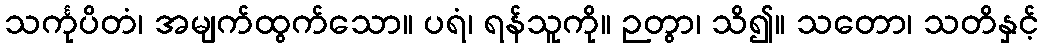
သင်္ကုပိတံ၊ အမျက်ထွက်သော။ ပရံ၊ ရန်သူကို။ ဉတွာ၊ သိ၍။ သတော၊ သတိနှင့်